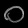
Digit: ၀